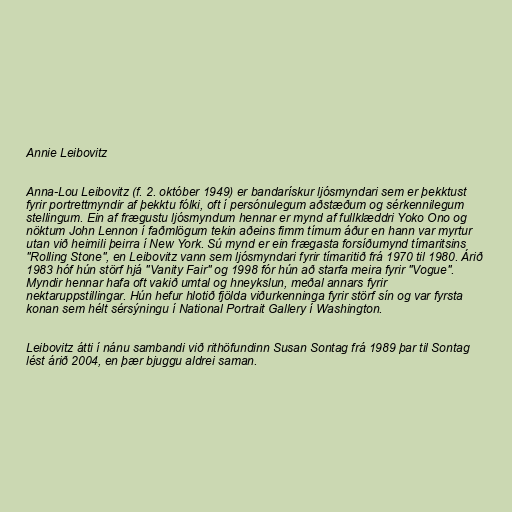
Annie Leibovitz

Anna-Lou Leibovitz (f. 2. október 1949) er bandarískur ljósmyndari sem er þekktust
fyrir portrettmyndir af þekktu fólki, oft í persónulegum aðstæðum og sérkennilegum
stellingum. Ein af frægustu ljósmyndum hennar er mynd af fullklæddri Yoko Ono og
nöktum John Lennon í faðmlögum tekin aðeins fimm tímum áður en hann var myrtur
utan við heimili þeirra í New York. Sú mynd er ein frægasta forsíðumynd tímaritsins
"Rolling Stone", en Leibovitz vann sem ljósmyndari fyrir tímaritið frá 1970 til 1980. Árið
1983 hóf hún störf hjá "Vanity Fair" og 1998 fór hún að starfa meira fyrir "Vogue".
Myndir hennar hafa oft vakið umtal og hneykslun, meðal annars fyrir
nektaruppstillingar. Hún hefur hlotið fjölda viðurkenninga fyrir störf sín og var fyrsta
konan sem hélt sérsýningu í National Portrait Gallery í Washington.

Leibovitz átti í nánu sambandi við rithöfundinn Susan Sontag frá 1989 þar til Sontag
lést árið 2004, en þær bjuggu aldrei saman.